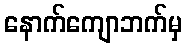
နောက်ကျောဘက်မှ